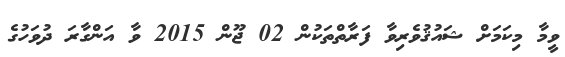
ވީމާ މިކަމަށް ޝައުޤުވެރިވާ ފަރާތްތަކުން 02 ޖޫން 2015 ވާ އަންގާރަ ދުވަހުގެ